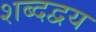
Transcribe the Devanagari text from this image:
शब्दद्वय